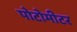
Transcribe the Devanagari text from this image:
पोटोमीटर